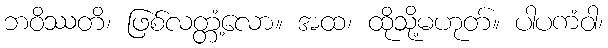
ဘဝိဿတိ၊ ဖြစ်လတ္တံ့လော။ အထ၊ ထိုသို့မဟုတ်။ ပါပကံဝါ၊